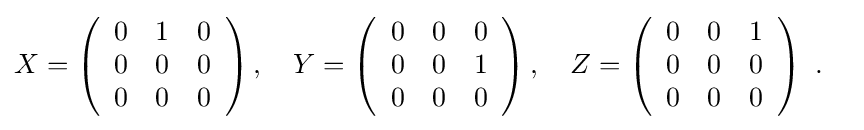
X=\left({\begin{array}{ccc}0&1&0\\0&0&0\\0&0&0\end{array}}\right),\quad Y=\left({\begin{array}{ccc}0&0&0\\0&0&1\\0&0&0\end{array}}\right),\quad Z=\left({\begin{array}{ccc}0&0&1\\0&0&0\\0&0&0\end{array}}\right)~.\quad